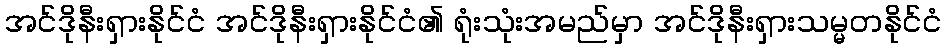
အင်ဒိုနီးရှားနိုင်ငံ အင်ဒိုနီးရှားနိုင်ငံ၏ ရုံးသုံးအမည်မှာ အင်ဒိုနီးရှားသမ္မတနိုင်ငံ